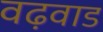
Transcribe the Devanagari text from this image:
वढ़वाड